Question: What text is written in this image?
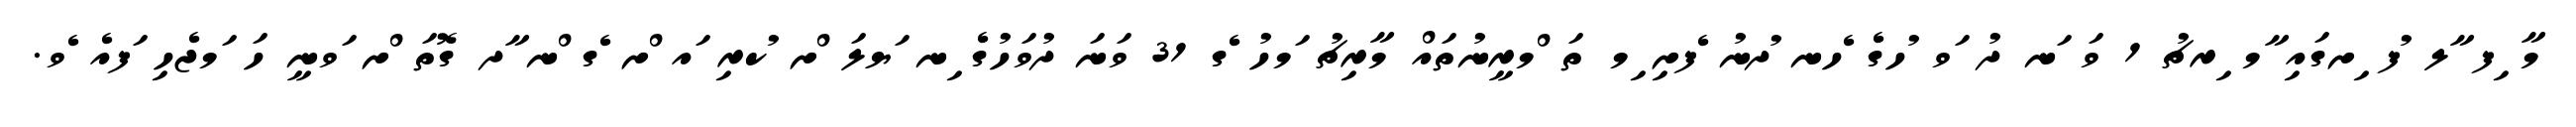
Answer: މާ ިފ ާލ ުފ ިށގައި ާމ ިރޗު 1 ވަ ަނ ދު ަވ ުހގެ ެހނ ުދނު ެފށި ިމ ތަ ްމރީނުތައް މާރިޗު ަމހު ެގ 31 ވަނަ ދުވަހުގެ ިނ ަޔލަ ްށ ުކރި ައ ްށ ެގ ްނ ާދ ގޮތަ ްށ ަވނީ ހަ ަމޖެހި ަފއެ ެވ.